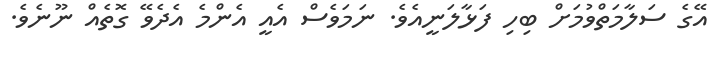
އޭގެ ސަލާމަތްވުމަށް ބިހި ފަޅާލަނީއެވެ. ނަމަވެސް އެއީ އެންމެ އެދެވޭ ގޮތެއް ނޫނެވެ.